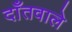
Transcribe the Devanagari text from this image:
दाँतवाले